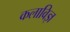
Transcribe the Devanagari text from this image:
कलाविज्ञ